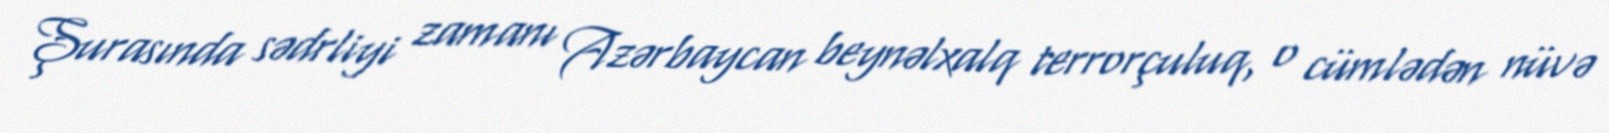
Şurasında sədrliyi zamanı Azərbaycan beynəlxalq terrorçuluq, o cümlədən nüvə